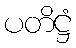
ပတိဋ္ဌံ